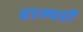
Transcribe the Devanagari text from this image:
राम्परी